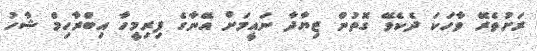
ރަށުތެރޭ ވާހަކަ ދެކެވޭ ގޮތުން ޒިޔާދާ ނައީމަށް އޭނާގެ ފިރިމީހާ އިބްރާހިމް ޝާހު